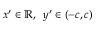
x ^ { \prime } \in \mathbb { R } , \; \; y ^ { \prime } \in ( - c , c )